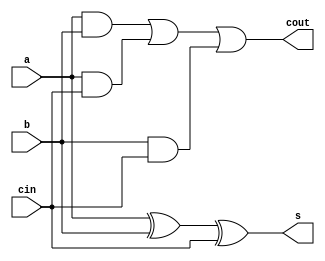
module FullAdder1Bit(a, b, cin, s, cout);
input a, b, cin;
output s, cout;

wire f1, f2, f3, f4;

xor U1 (f1, a, b);
and U2 (f2, a, b);
and U3 (f3, a, cin);
and U4 (f4, b, cin);
xor U5 (s, f1, cin);
or U6 (cout, f2, f3, f4);

endmodule